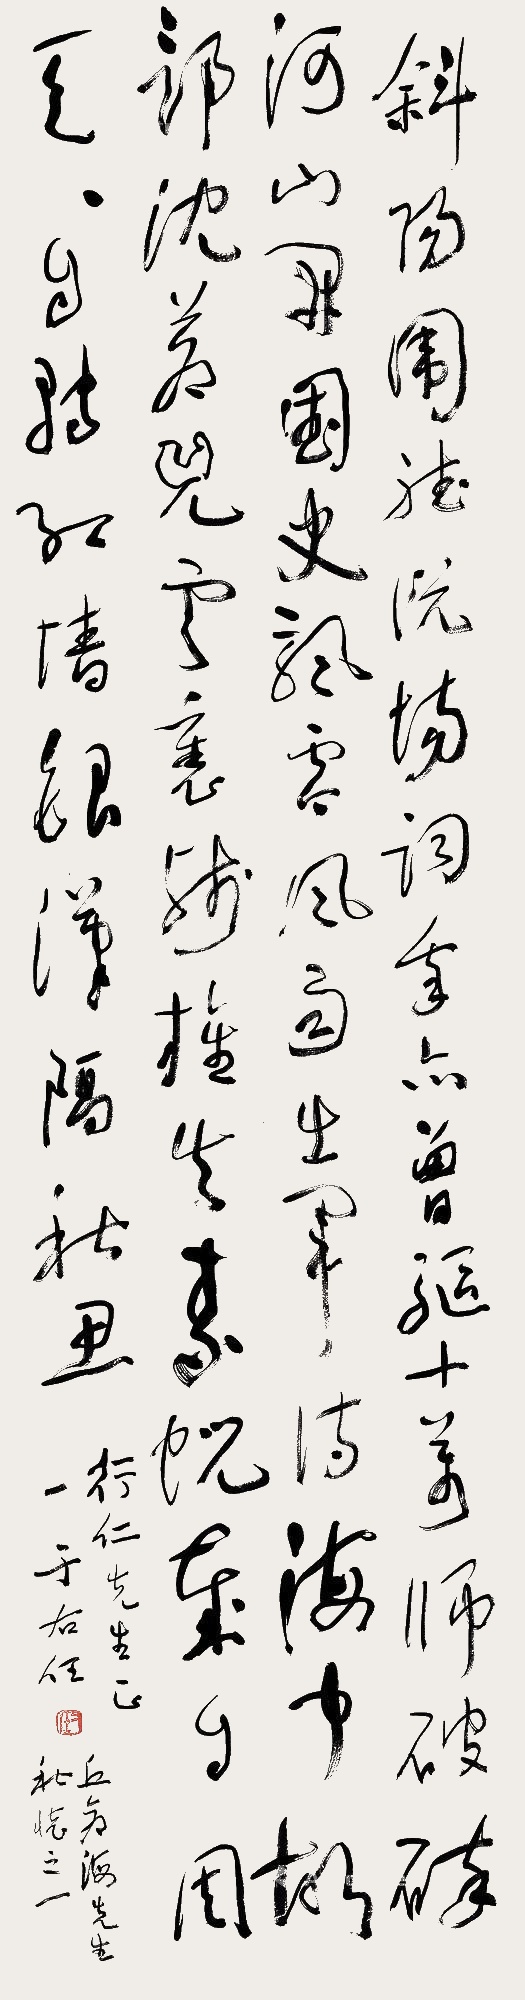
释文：斜阳围听说场词，我亦曾驱十万师。破碎河山开国史，飘零风雨出军诗。海中故部沈苍兕，云里残旌失素霓。岁自周天天自醉，红墙银汉隔秋思。丘仓海先生秋怀之一。行仁先生正。于右任。